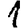
Digit: 1